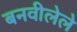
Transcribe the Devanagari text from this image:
बनवीलेले